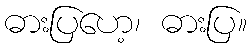
ဓားပြဟေ့၊ ဓားပြ။